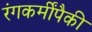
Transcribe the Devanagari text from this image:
रंगकर्मींपैकी